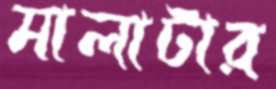
মালাটার